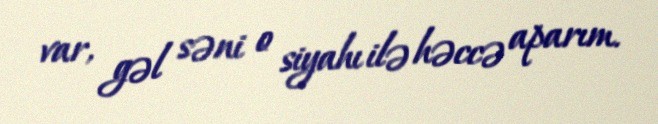
var, gəl səni o siyahı ilə həccə aparım.